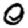
Digit: 0